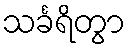
သင်္ခရိတွာ